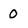
Character: 0